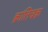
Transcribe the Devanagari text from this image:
क्रांतिचक्र